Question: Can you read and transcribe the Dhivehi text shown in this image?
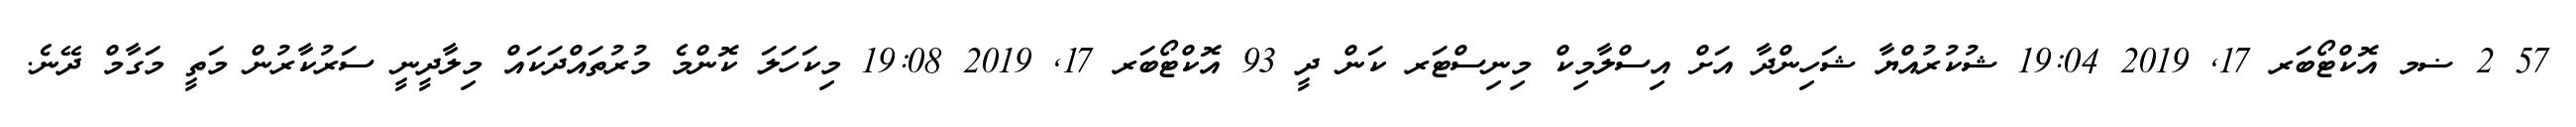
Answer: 57 2 ޟމ އޮކްޓޯބަރ 17, 2019 19:04 ޝުކުރުއްޔާ ޝަހިންދާ އަށް އިސްލާމިކް މިނިސްޓަރ ކަން ދީ 93 އޮކްޓޯބަރ 17, 2019 19:08 މިކަހަލަ ކޮންމެ މުރުތައްދަކައް މިލާދީނީ ސަރުކާރުން މަތީ މަގާމް ދޭނެ.